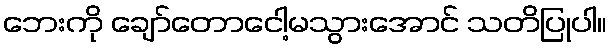
ဘေးကို ချော်တောငေါ့မသွားအောင် သတိပြုပါ။